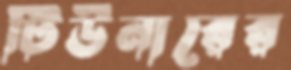
টিউনারের